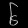
Digit: ၆